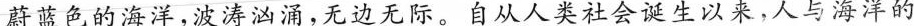
蔚蓝色的海洋，波涛汹涌，无边无际。自从人类社会诞生以来，人与海洋的